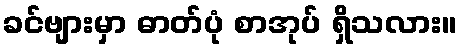
ခင်ဗျားမှာ ဓာတ်ပုံ စာအုပ် ရှိသလား။